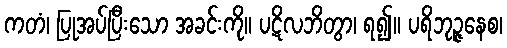
ကတံ၊ ပြုအပ်ပြီးသော အခင်းကို။ ပဋိလဘိတွာ၊ ရ၍။ ပရိဘုဉ္ဇနေစ၊